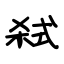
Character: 弑